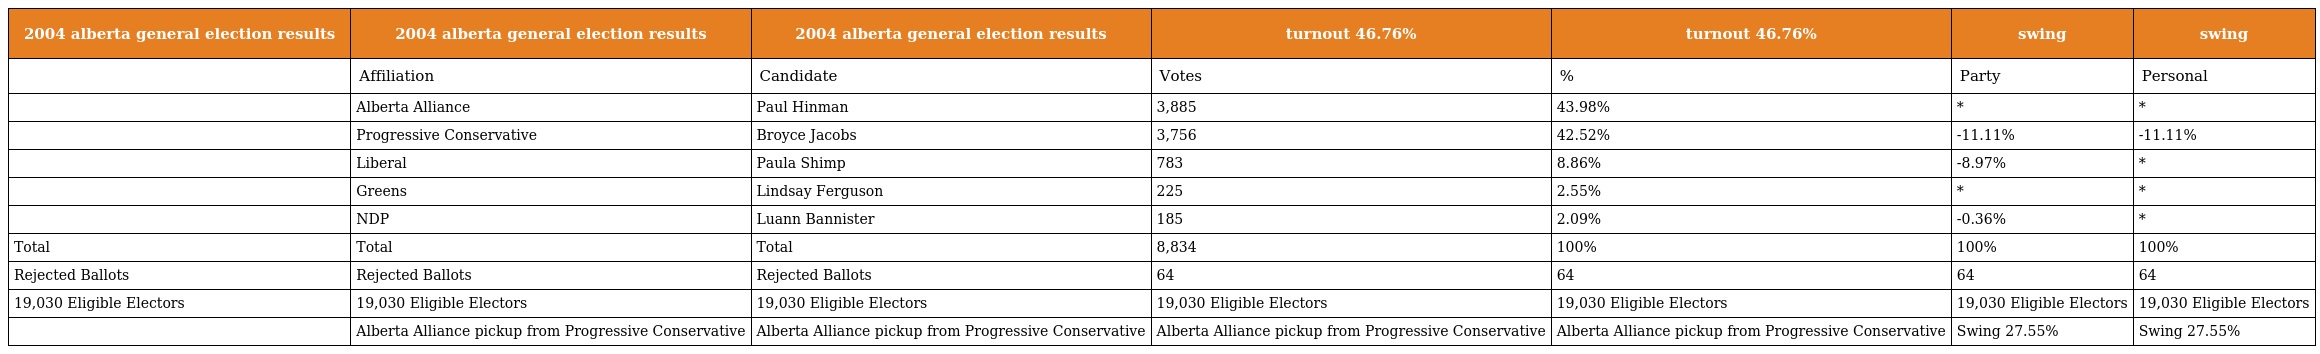
| 2004 alberta general election results | 2004 alberta general election results | 2004 alberta general election results | turnout 46.76% | turnout 46.76% | swing | swing |
 | --- | --- | --- | --- | --- | --- | --- |
 |  | Affiliation | Candidate | Votes | % | Party | Personal |
 |  | Alberta Alliance | Paul Hinman | 3,885 | 43.98% | * | * |
 |  | Progressive Conservative | Broyce Jacobs | 3,756 | 42.52% | -11.11% | -11.11% |
 |  | Liberal | Paula Shimp | 783 | 8.86% | -8.97% | * |
 |  | Greens | Lindsay Ferguson | 225 | 2.55% | * | * |
 |  | NDP | Luann Bannister | 185 | 2.09% | -0.36% | * |
 | Total | Total | Total | 8,834 | 100% | 100% | 100% |
 | Rejected Ballots | Rejected Ballots | Rejected Ballots | 64 | 64 | 64 | 64 |
 | 19,030 Eligible Electors | 19,030 Eligible Electors | 19,030 Eligible Electors | 19,030 Eligible Electors | 19,030 Eligible Electors | 19,030 Eligible Electors | 19,030 Eligible Electors |
 |  | Alberta Alliance pickup from Progressive Conservative | Alberta Alliance pickup from Progressive Conservative | Alberta Alliance pickup from Progressive Conservative | Alberta Alliance pickup from Progressive Conservative | Swing 27.55% | Swing 27.55% |